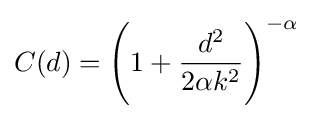
C(d)={\Bigg (}1+{\frac {d^{2}}{2\alpha k^{2}}}{\Bigg )}^{-\alpha }